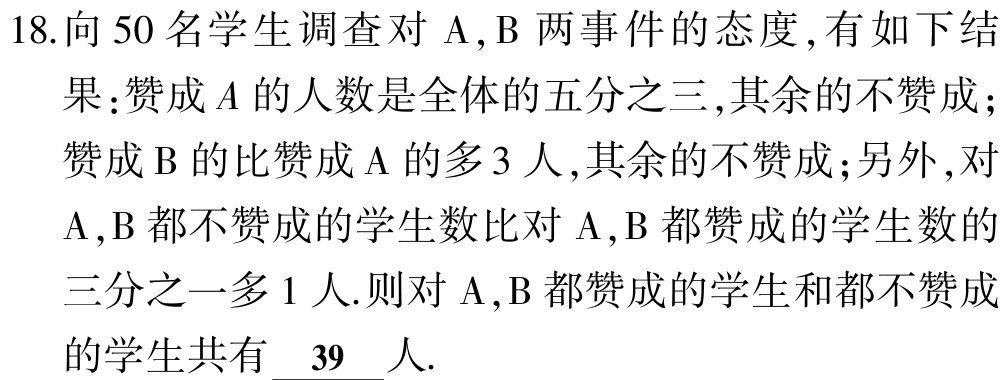
18.向 50 名学生调查对 A,B 两事件的态度,有如下结果：赞成\(A\)的人数是全体的五分之三,其余的不赞成；赞成\(B\)的比赞成\(A\)的多 3 人,其余的不赞成；另外,对\(A,B\)都不赞成的学生数比对\(A,B\)都赞成的学生数的三分之一多 1 人.则对\(A,B\)都赞成的学生和都不赞成的学生共有\(\underline{39}\)人.